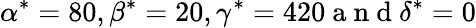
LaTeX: \alpha^{*}=80,\beta^{*}=20,\gamma^{*}=420\mathrm{~a~n~d~}\delta^{*}=0